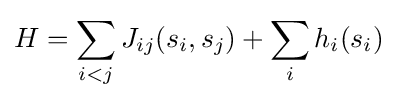
H=\sum _{i<j}J_{ij}(s_{i},s_{j})+\sum _{i}h_{i}(s_{i})